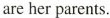
are her parents.